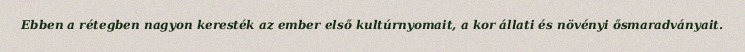
Ebben a rétegben nagyon keresték az ember első kultúrnyomait, a kor állati és növényi ősmaradványait.